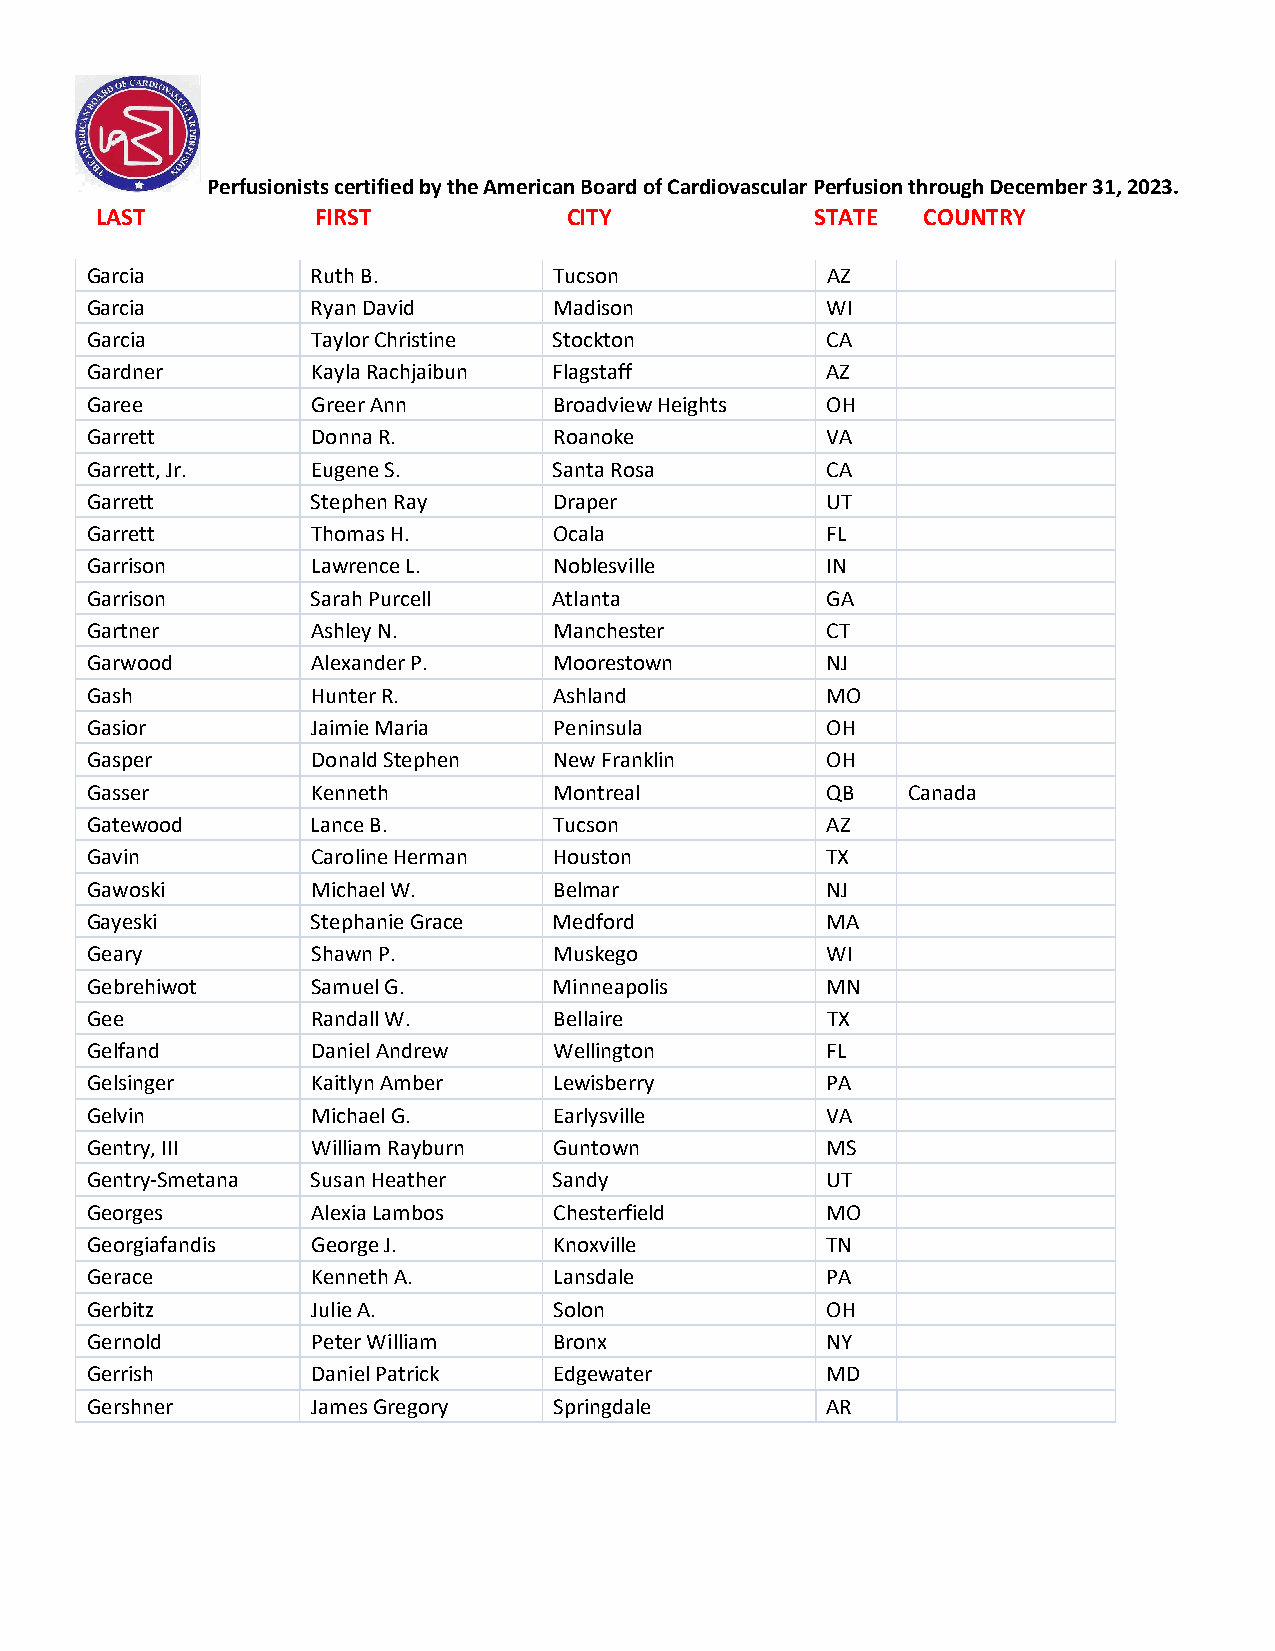
Perfusionists certified by the American Board of Cardiovascular Perfusion through December 31, 2023.
 LAST           FIRST            CITY            STATE  COUNTRY
 Garcia         Ruth B.         Tucson            AZ
 Garcia         Ryan David      Madison           WI
 Garcia         Taylor Christine Stockton         CA
 Gardner        Kayla Rachjaibun Flagstaff        AZ
 Garee          Greer Ann       Broadview Heights OH
 Garrett        Donna R.        Roanoke           VA
 Garrett, Jr.   Eugene S.       Santa Rosa        CA
 Garrett        Stephen Ray     Draper            UT
 Garrett        Thomas H.       Ocala             FL
 Garrison       Lawrence L.     Noblesville       IN
 Garrison       Sarah Purcell   Atlanta           GA
 Gartner        Ashley N.       Manchester        CT
 Garwood        Alexander P.    Moorestown        NJ
 Gash           Hunter R.       Ashland           MO
 Gasior         Jaimie Maria    Peninsula         OH
 Gasper         Donald Stephen  New Franklin      OH
 Gasser         Kenneth         Montreal          QB   Canada
 Gatewood       Lance B.        Tucson            AZ
 Gavin          Caroline Herman Houston           TX
 Gawoski        Michael W.      Belmar            NJ
 Gayeski        Stephanie Grace Medford           MA
 Geary          Shawn P.        Muskego           WI
 Gebrehiwot     Samuel G.       Minneapolis       MN
 Gee            Randall W.      Bellaire          TX
 Gelfand        Daniel Andrew   Wellington        FL
 Gelsinger      Kaitlyn Amber   Lewisberry        PA
 Gelvin         Michael G.      Earlysville       VA
 Gentry, III    William Rayburn Guntown           MS
 Gentry-Smetana Susan Heather   Sandy             UT
 Georges        Alexia Lambos   Chesterfield      MO
 Georgiafandis  George J.       Knoxville         TN
 Gerace         Kenneth A.      Lansdale          PA
 Gerbitz        Julie A.        Solon             OH
 Gernold        Peter William   Bronx             NY
 Gerrish        Daniel Patrick  Edgewater         MD
 Gershner       James Gregory   Springdale        AR